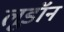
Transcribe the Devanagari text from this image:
लूडॉन